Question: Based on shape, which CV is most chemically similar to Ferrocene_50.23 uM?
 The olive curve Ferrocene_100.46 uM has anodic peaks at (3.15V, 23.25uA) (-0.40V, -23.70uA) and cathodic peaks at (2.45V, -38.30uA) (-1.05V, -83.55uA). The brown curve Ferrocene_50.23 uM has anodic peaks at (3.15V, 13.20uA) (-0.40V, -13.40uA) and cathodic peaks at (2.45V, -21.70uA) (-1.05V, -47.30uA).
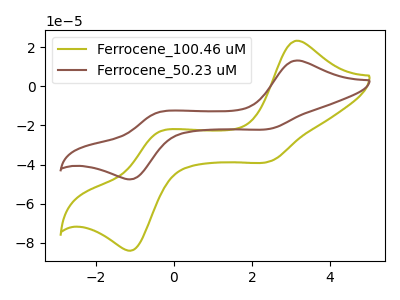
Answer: <think>All the peaks in "Ferrocene_100.46 uM" have a peak in "Ferrocene_50.23 uM" at the same potential.
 </think>
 <answer>The CV with the most similar shape to "Ferrocene_100.46 uM" is "Ferrocene_50.23 uM".</answer>
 <eval>"Ferrocene_50.23 uM"</eval>